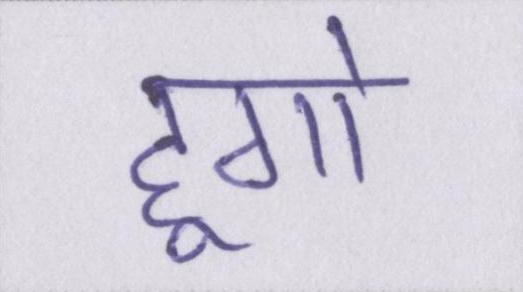
हूगो